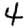
Digit: 4